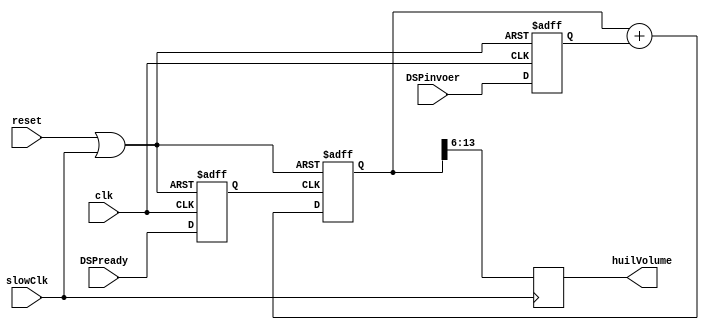
module huilVolume(
	input clk,
	input slowClk,
	input reset,
	input [7:0] DSPinvoer,
	input DSPready,
	output [7:0] huilVolume);
	
	reg [13:0] Memory;
	reg [7:0] MemoryOut;
	reg ready;
	reg [7:0] DSP;
	wire resetmore;
	
	assign resetmore = ( reset | slowClk );
	
	always @ (posedge clk or posedge resetmore) begin
		if (resetmore)
			ready = 0;
		else
			ready = DSPready;
	end
	
	always @ (posedge clk or posedge resetmore) begin
		if (resetmore)
			DSP = 0;
		else
			DSP = DSPinvoer;
	end

	always @ (posedge ready or posedge resetmore) begin
		if (resetmore)
			Memory = 0;
		else
			Memory = Memory + DSP;
	end
	
	always @ (posedge slowClk) begin
			MemoryOut=Memory[13:6];
	end
	
	assign huilVolume = MemoryOut;

endmodule